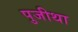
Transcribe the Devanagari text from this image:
पुजीथा